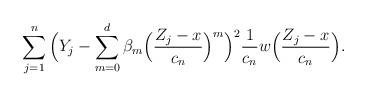
LaTeX: \begin{align*}\sum_{j=1}^n \Big( Y_j - \sum_{m=0}^d \beta_m\Big( \frac{Z_j-x}{c_n} \Big)^m \Big)^2\frac{1}{c_n} w \Big( \frac{Z_j-x}{c_n} \Big).\end{align*}